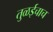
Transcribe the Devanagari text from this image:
तुळईचाच